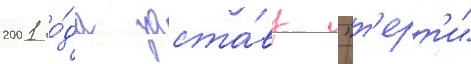
2001 го́да заста́ву "т'ерт'и"